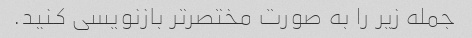
جمله زیر را به صورت مختصرتر بازنویسی کنید.